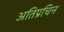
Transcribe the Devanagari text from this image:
अतिप्रचिन